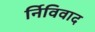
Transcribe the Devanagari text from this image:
र्निविवाद